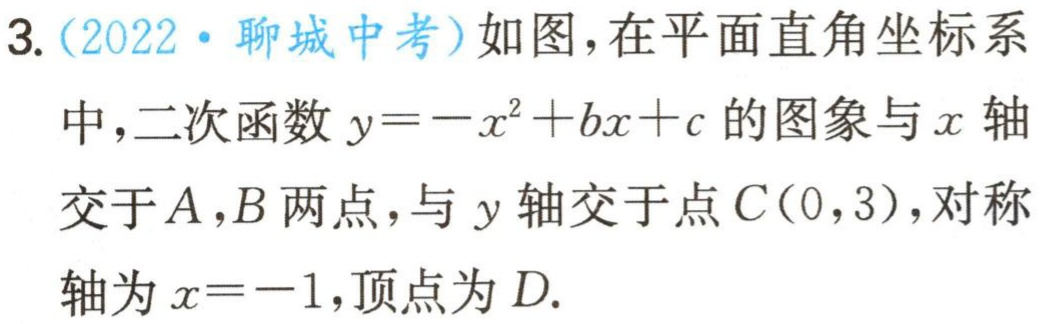
3.（2022·聊城中考）如图，在平面直角坐标系
中，二次函数$y=-x^{2}+bx + c$的图象与$x$轴
交于$A,B$两点，与$y$轴交于点$C(0,3)$，对称
轴为$x = - 1$，顶点为$D.$